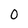
Character: 0